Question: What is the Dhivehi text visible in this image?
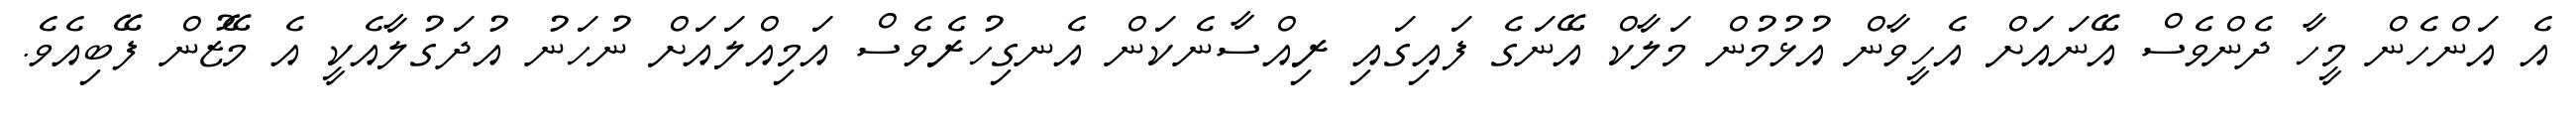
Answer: އެ އަންހެން މީހާ ދެންވެސް އޭނައަށް އެހީވާން އުޅުމުން މަލާކް އޭނަގެ ފައިގައި ރިއްސާނެކަން އެނގިހުރެވެސް އަމިއްލައަށް ނުހަނު އުދަގުލާއެކީ އެ މޭޒުން ފޭބިއެވެ.